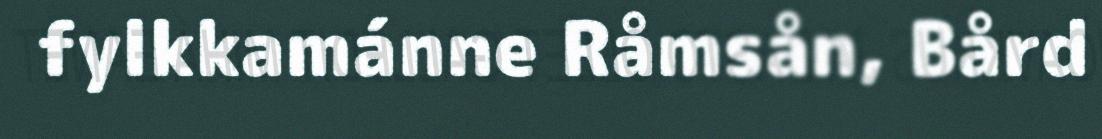
fylkkamánne Råmsån, Bård